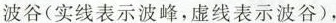
波谷(实线表示波峰，虚线表示波谷)，